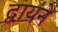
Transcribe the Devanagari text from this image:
द्वायने